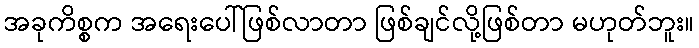
အခုကိစ္စက အရေးပေါ်ဖြစ်လာတာ ဖြစ်ချင်လို့ဖြစ်တာ မဟုတ်ဘူး။